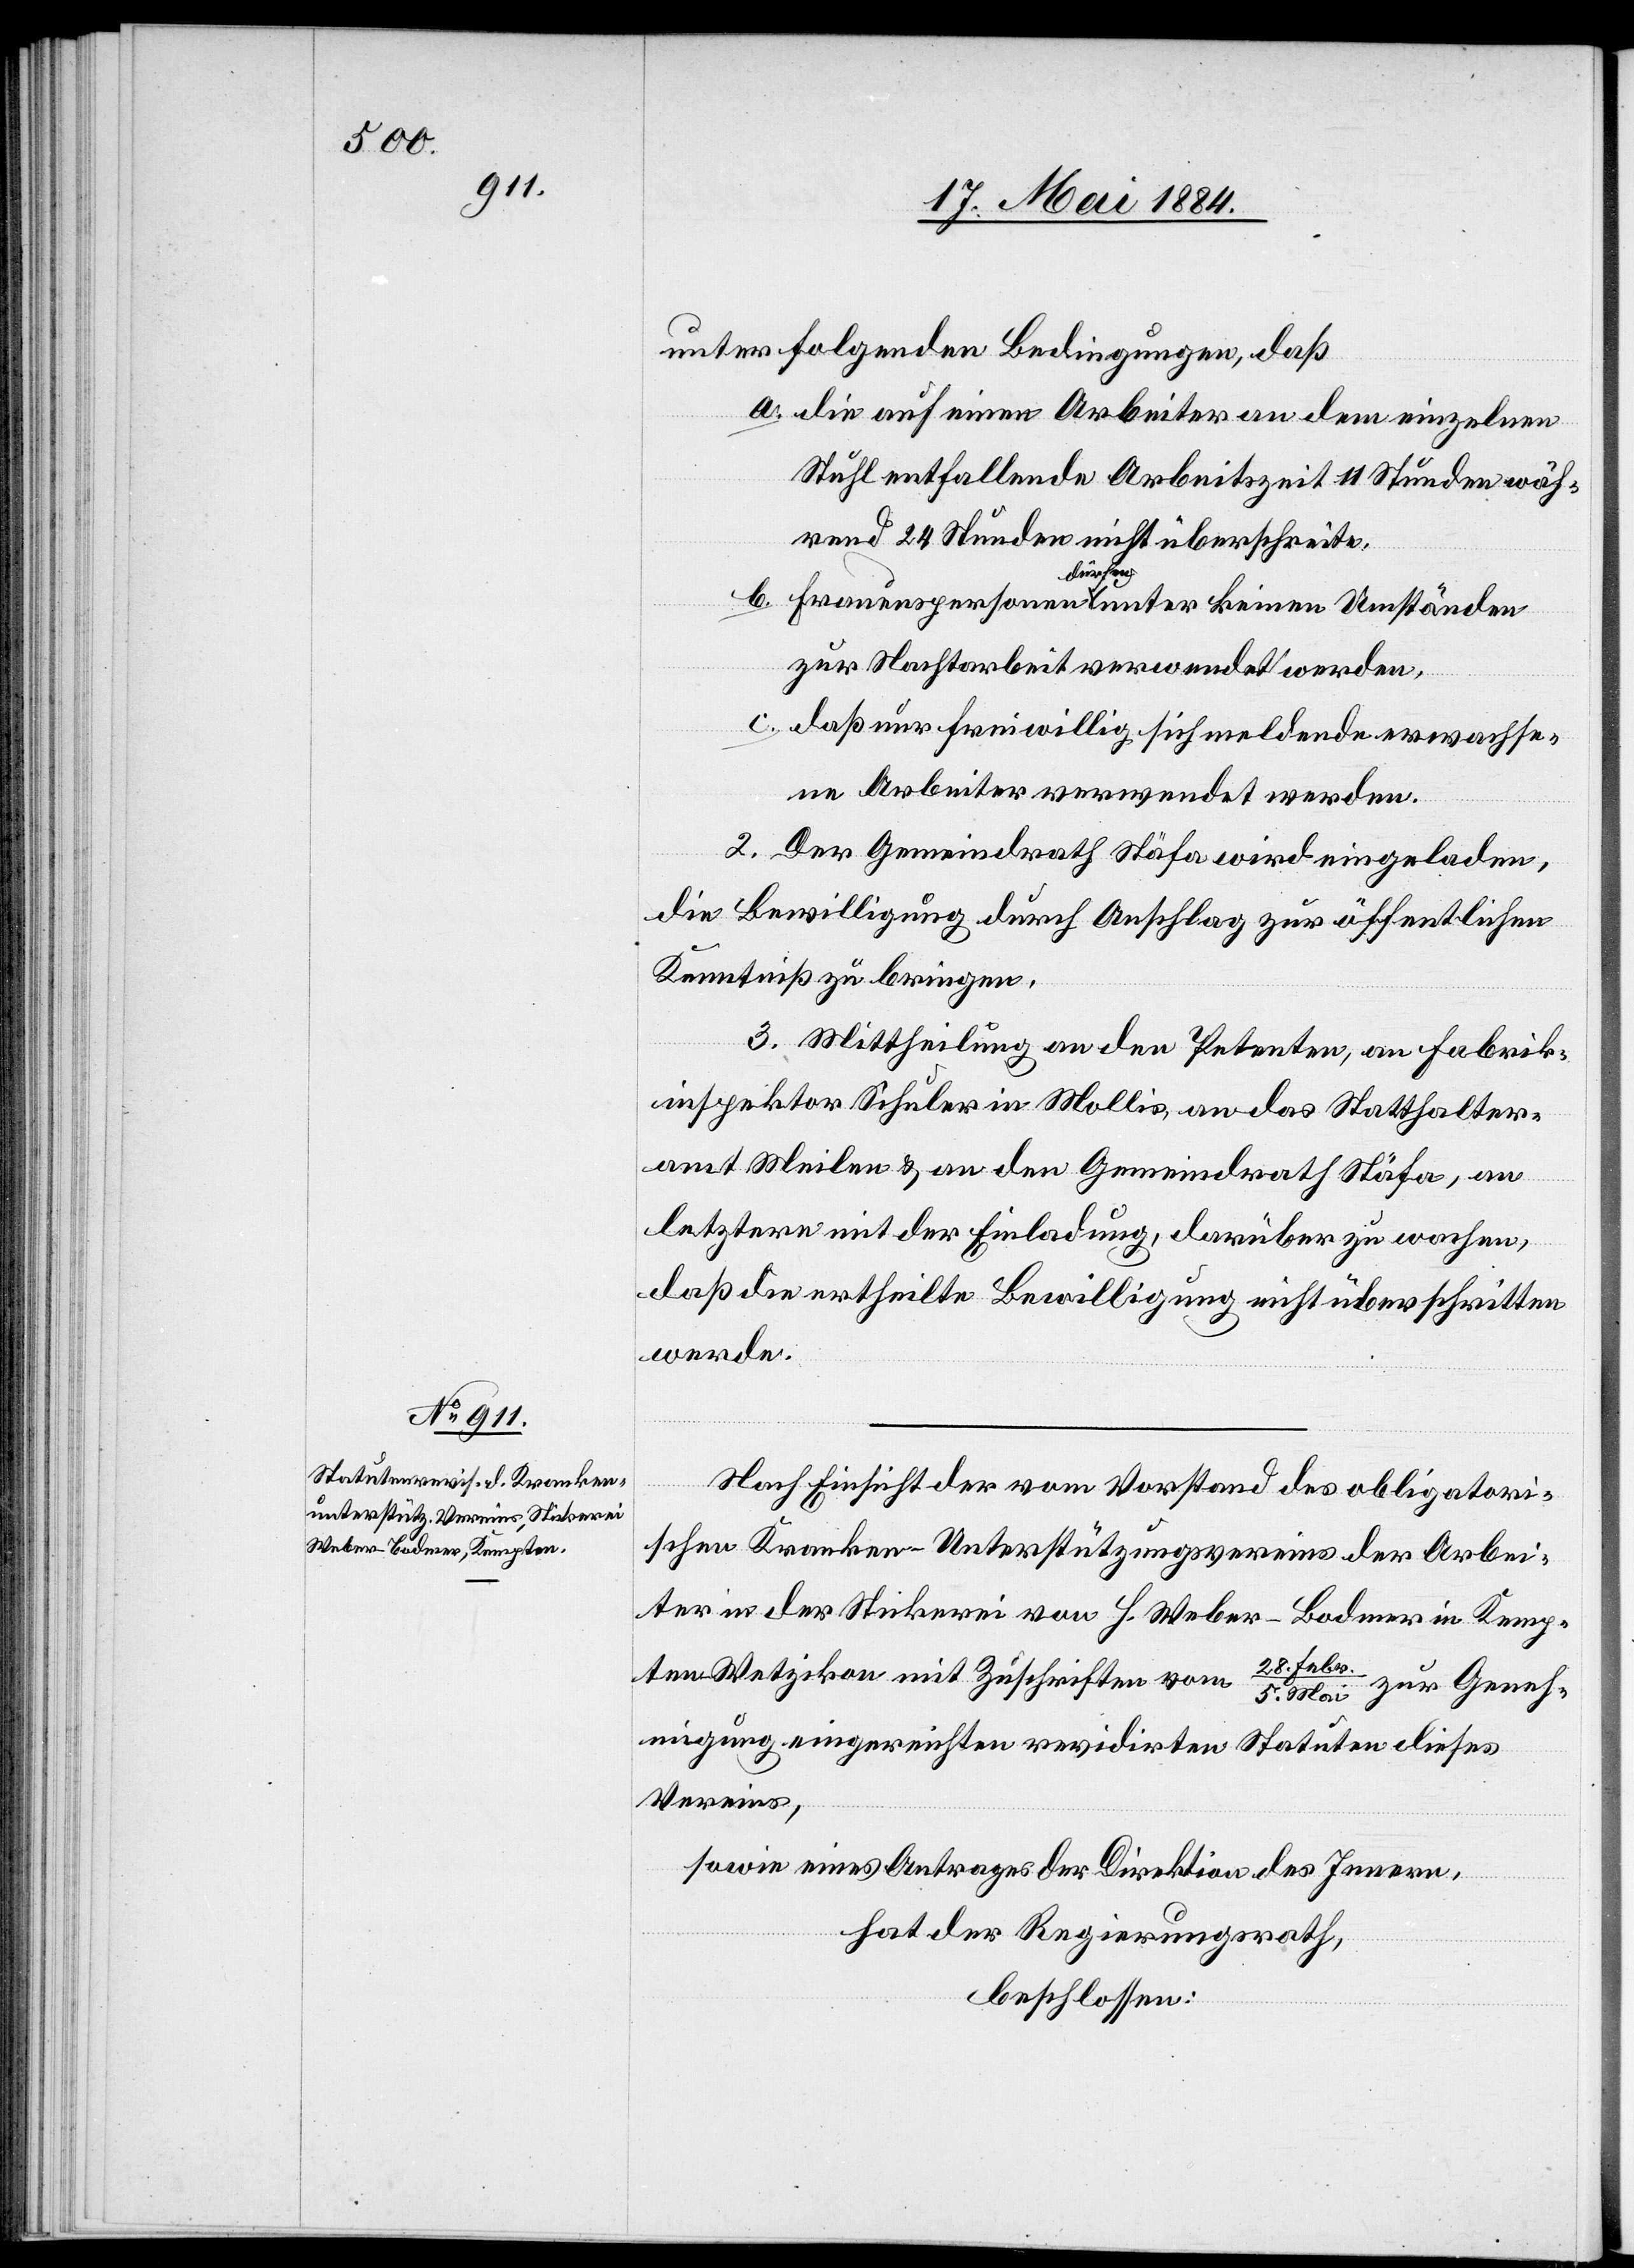
unter folgenden Bedingungen, daß
a. die auf einen Arbeiter an dem einzelnen
Stuhl entfallende Arbeitszeit 11 Stunden wäh¬
rend 24 Stunden nicht überschreite.
b. Frauenspersonen dürfen unter keinen Umständen
zur Nachtarbeit verwendet werden.
c. daß nur freiwillig sich meldende erwachse¬
ne Arbeiter verwendet werden.
2. Der Gemeindrath Stäfa wird eingeladen,
die Bewilligung durch Anschlag zur öffentlichen
Kenntniß zu bringen.
3. Mittheilung an den Petenten, an Fabrik¬
inspektor Schuler in Mollis, an das Statthalter¬
amt Meilen& an den Gemeindrath Stäfa, an
letztern mit der Einladung, darüber zu wachen,
daß die ertheilte Bewilligung nicht überschritten
werde.
Nach Einsicht der vom Vorstand des obligatori¬
schen Kranken-Unterstützungsvereins der Arbei¬
ter in der Stickerei von H. Weber-Bodmer in Kemp¬
ten - Wetzikon mit Zuschriften vom 28. Febr./5.
Mai zur Geneh¬
migung eingereichten revidirten Statuten dieses
Vereins,
sowie eines Antrages der Direktion des Innern,
hat der Regierungsrath
beschlossen: